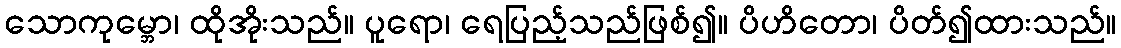
သောကုမ္ဘော၊ ထိုအိုးသည်။ ပူရော၊ ရေပြည့်သည်ဖြစ်၍။ ပိဟိတော၊ ပိတ်၍ထားသည်။